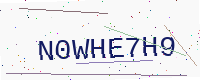
Text: N0WHE7H9